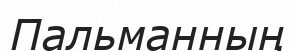
Пальманның